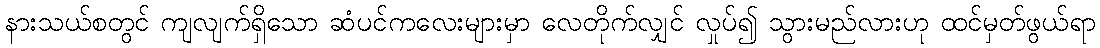
နားသယ်စတွင် ကျလျက်ရှိသော ဆံပင်ကလေးများမှာ လေတိုက်လျှင် လှုပ်၍ သွားမည်လားဟု ထင်မှတ်ဖွယ်ရာ